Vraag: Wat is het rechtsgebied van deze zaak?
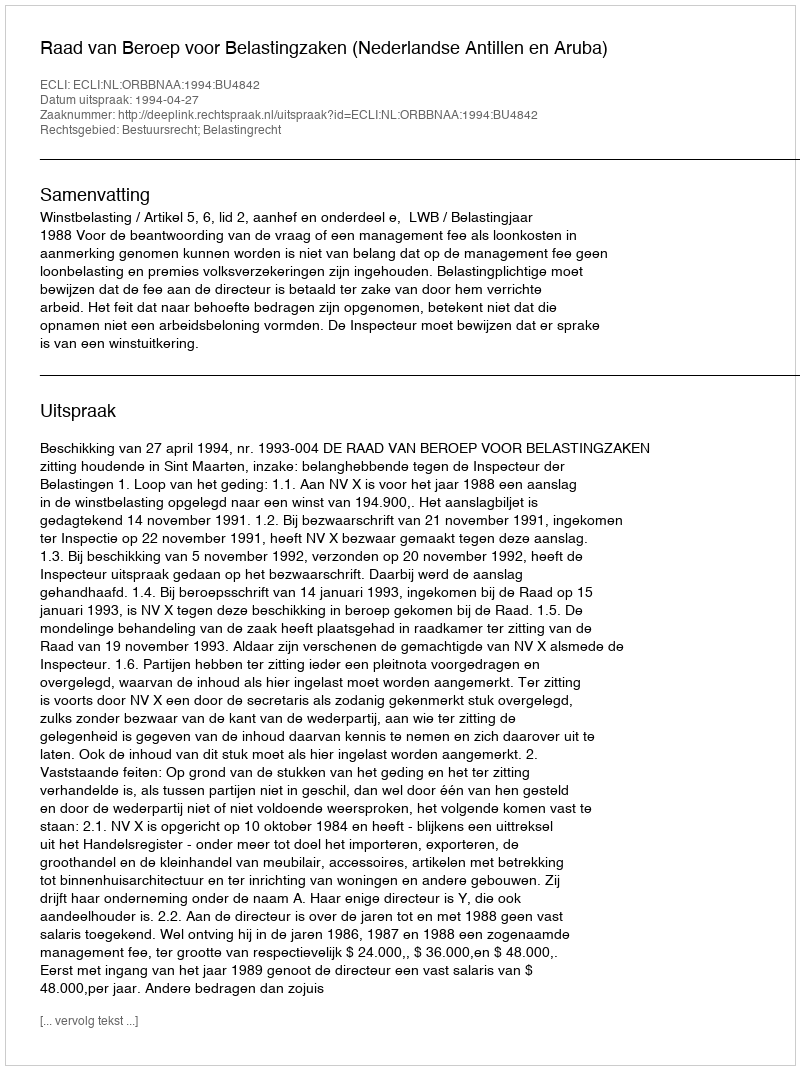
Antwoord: Bestuursrecht; Belastingrecht